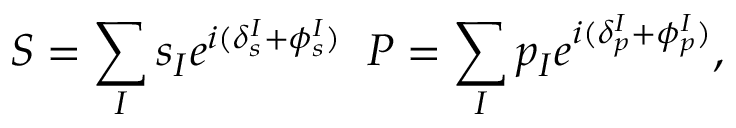
S = \sum _ { I } s _ { I } e ^ { i ( \delta _ { s } ^ { I } + \phi _ { s } ^ { I } ) } \; \; P = \sum _ { I } p _ { I } e ^ { i ( \delta _ { p } ^ { I } + \phi _ { p } ^ { I } ) } ,